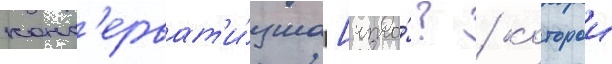
конс'ерват'и́зма [что́? / которои